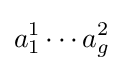
a_{1}^{1}\dotsm a_{g}^{2}